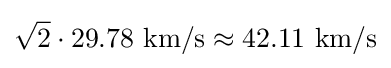
{\sqrt {2}}\cdot 29.78{\text{ km/s}}\approx 42.11{\text{ km/s}}